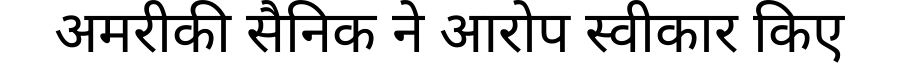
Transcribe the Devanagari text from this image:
अमरीकी सैनिक ने आरोप स्वीकार किए